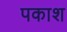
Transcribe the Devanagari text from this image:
पकाश